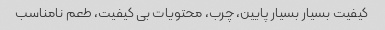
کیفیت بسیار بسیار پایین، چرب، محتویات بی کیفیت، طعم نامناسب